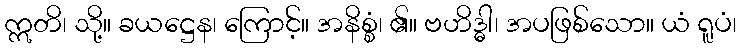
ဣတိ၊ သို့။ ခယဋ္ဌေန၊ ကြောင့်။ အနိစ္စံ၊ ၏။ ဗဟိဒ္ဓါ၊ အပဖြစ်သော။ ယံ ရူပံ၊